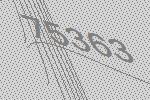
75363